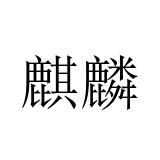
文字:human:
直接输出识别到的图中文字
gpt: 麒麟